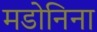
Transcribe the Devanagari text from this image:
मडोनिना